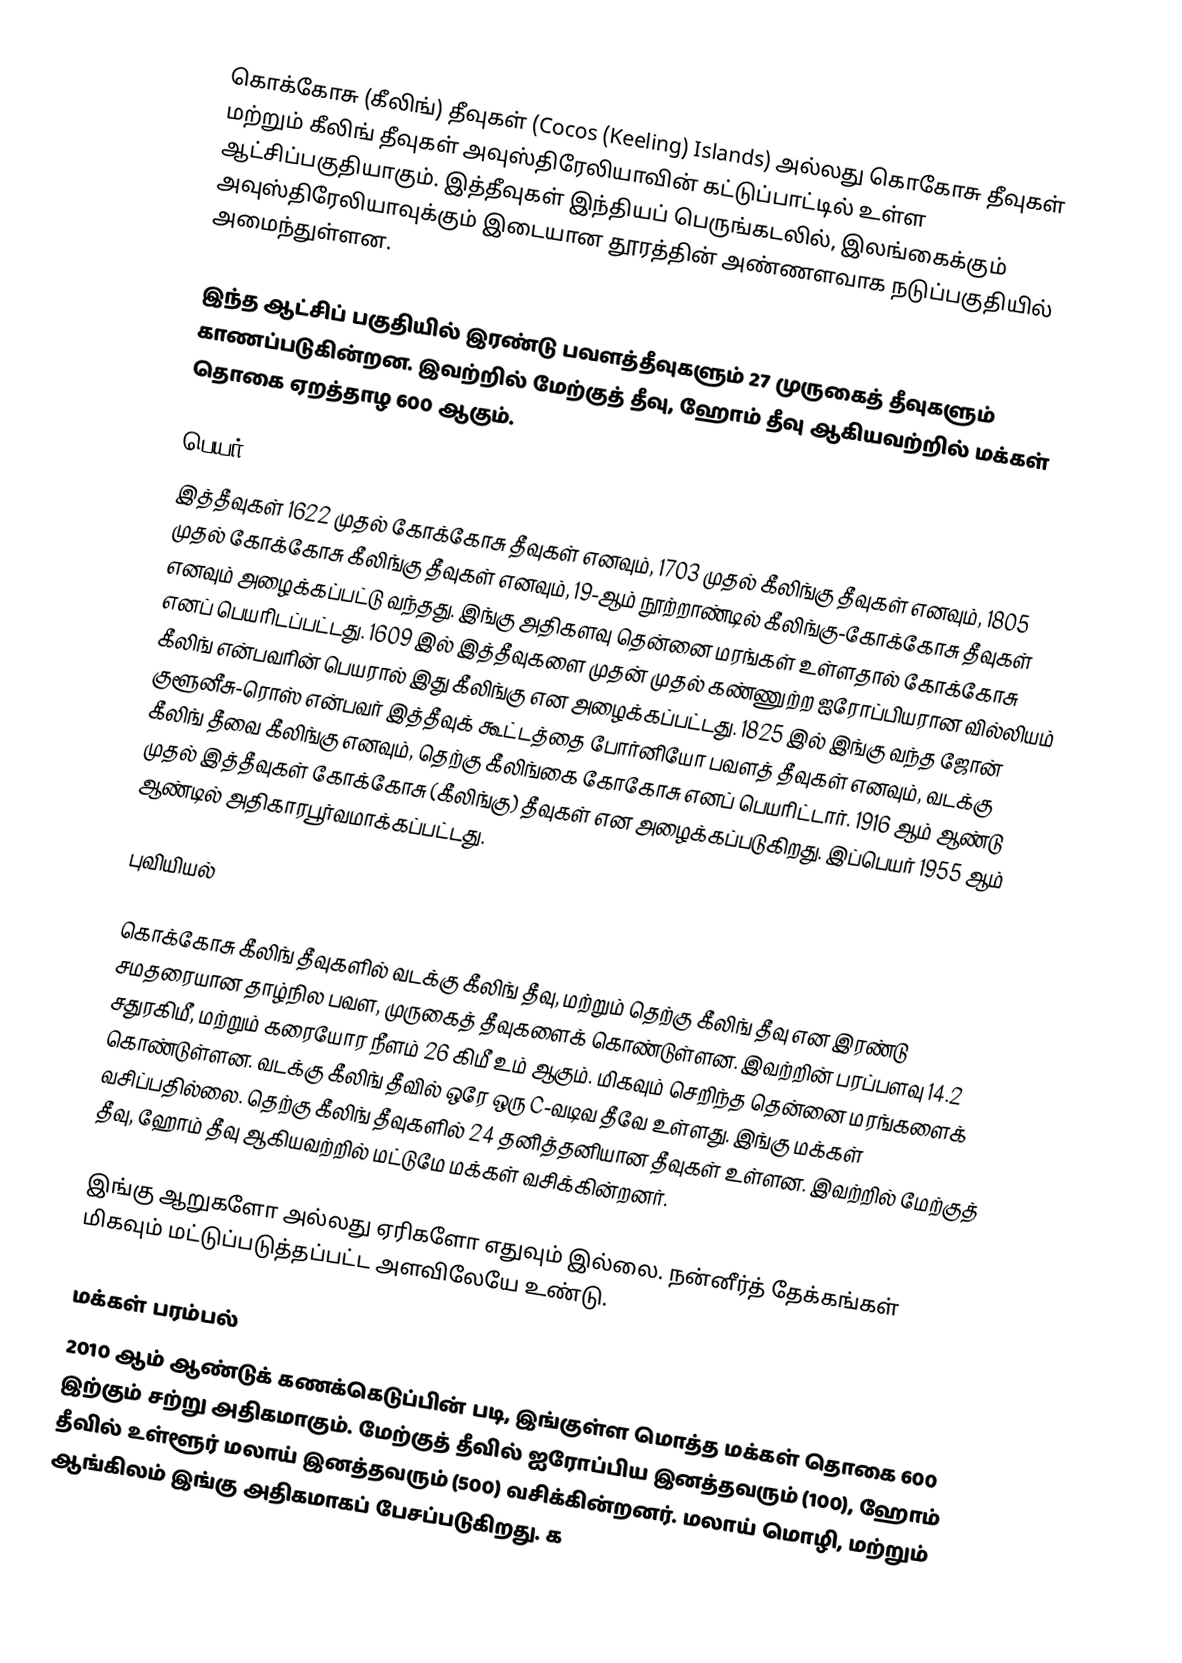
கொக்கோசு (கீலிங்) தீவுகள் (Cocos (Keeling) Islands) அல்லது கொகோசு தீவுகள் மற்றும் கீலிங் தீவுகள் அவுஸ்திரேலியாவின் கட்டுப்பாட்டில் உள்ள ஆட்சிப்பகுதியாகும். இத்தீவுகள் இந்தியப் பெருங்கடலில், இலங்கைக்கும் அவுஸ்திரேலியாவுக்கும் இடையான தூரத்தின் அண்ணளவாக நடுப்பகுதியில் அமைந்துள்ளன.

இந்த ஆட்சிப் பகுதியில் இரண்டு பவளத்தீவுகளும் 27 முருகைத் தீவுகளும் காணப்படுகின்றன. இவற்றில் மேற்குத் தீவு, ஹோம் தீவு ஆகியவற்றில் மக்கள் தொகை ஏறத்தாழ 600 ஆகும்.

பெயர்
இத்தீவுகள் 1622 முதல் கோக்கோசு தீவுகள் எனவும், 1703 முதல் கீலிங்கு தீவுகள் எனவும், 1805 முதல் கோக்கோசு கீலிங்கு தீவுகள் எனவும், 19-ஆம் நூற்றாண்டில் கீலிங்கு-கோக்கோசு தீவுகள் எனவும் அழைக்கப்பட்டு வந்தது. இங்கு அதிகளவு தென்னை மரங்கள் உள்ளதால் கோக்கோசு எனப் பெயரிடப்பட்டது. 1609 இல் இத்தீவுகளை முதன் முதல் கண்ணுற்ற ஐரோப்பியரான வில்லியம் கீலிங் என்பவரின் பெயரால் இது கீலிங்கு என அழைக்கப்பட்டது. 1825 இல் இங்கு வந்த ஜோன் குளூனீசு-ரொஸ் என்பவர் இத்தீவுக் கூட்டத்தை போர்னியோ பவளத் தீவுகள் எனவும், வடக்கு கீலிங் தீவை கீலிங்கு எனவும், தெற்கு கீலிங்கை கோகோசு எனப் பெயரிட்டார். 1916 ஆம் ஆண்டு முதல் இத்தீவுகள் கோக்கோசு (கீலிங்கு) தீவுகள் என அழைக்கப்படுகிறது. இப்பெயர் 1955 ஆம் ஆண்டில் அதிகாரபூர்வமாக்கப்பட்டது.

புவியியல்

கொக்கோசு கீலிங் தீவுகளில் வடக்கு கீலிங் தீவு, மற்றும் தெற்கு கீலிங் தீவு என இரண்டு சமதரையான தாழ்நில பவள, முருகைத் தீவுகளைக் கொண்டுள்ளன. இவற்றின் பரப்பளவு 14.2 சதுரகிமீ, மற்றும் கரையோர நீளம் 26 கிமீ உம் ஆகும். மிகவும் செறிந்த தென்னை மரங்களைக் கொண்டுள்ளன. வடக்கு கீலிங் தீவில் ஒரே ஒரு C-வடிவ தீவே உள்ளது. இங்கு மக்கள் வசிப்பதில்லை. தெற்கு கீலிங் தீவுகளில் 24 தனித்தனியான தீவுகள் உள்ளன. இவற்றில் மேற்குத் தீவு, ஹோம் தீவு ஆகியவற்றில் மட்டுமே மக்கள் வசிக்கின்றனர்.

இங்கு ஆறுகளோ அல்லது ஏரிகளோ எதுவும் இல்லை. நன்னீர்த் தேக்கங்கள் மிகவும் மட்டுப்படுத்தப்பட்ட அளவிலேயே உண்டு.

மக்கள் பரம்பல்
2010 ஆம் ஆண்டுக் கணக்கெடுப்பின் படி, இங்குள்ள மொத்த மக்கள் தொகை 600 இற்கும் சற்று அதிகமாகும். மேற்குத் தீவில் ஐரோப்பிய இனத்தவரும் (100), ஹோம் தீவில் உள்ளூர் மலாய் இனத்தவரும் (500) வசிக்கின்றனர். மலாய் மொழி, மற்றும் ஆங்கிலம் இங்கு அதிகமாகப் பேசப்படுகிறது. க